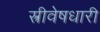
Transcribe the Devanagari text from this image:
स्त्रीवेषधारी